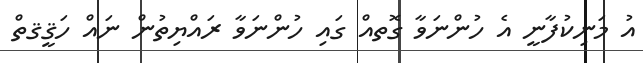
އު މަނިކުފާާނީ އެ ހުންނަވާ ގޮތއް ގައި ހުންނަވާ ރައްޔިތުން ނައް ހަޤީޤތް